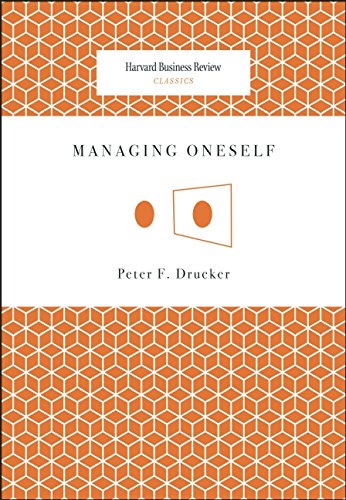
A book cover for Managing Oneself (Harvard Business Review Classics); Peter Ferdinand Drucker; Business & Money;